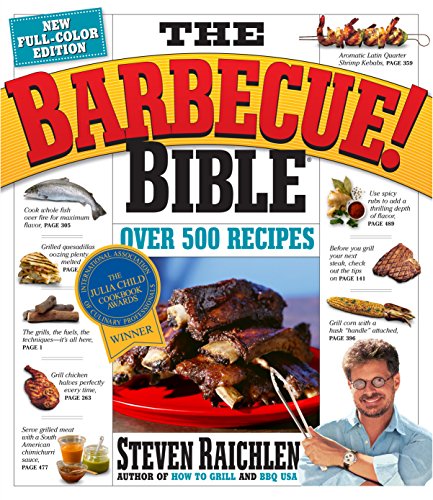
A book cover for The Barbecue! Bible; Steven Raichlen; Cookbooks, Food & Wine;